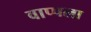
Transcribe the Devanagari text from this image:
वाप्पला